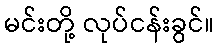
မင်းတို့ လုပ်ငန်းခွင်။